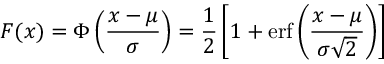
F ( x ) = \Phi \left( { \frac { x - \mu } { \sigma } } \right) = { \frac { 1 } { 2 } } \left[ 1 + \operatorname { e r f } \left( { \frac { x - \mu } { \sigma { \sqrt { 2 } } } } \right) \right]